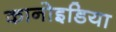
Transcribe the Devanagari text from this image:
कानोइडिया